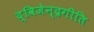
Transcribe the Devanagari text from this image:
द्विजेन्द्रगीति